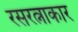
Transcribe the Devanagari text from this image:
रसरत्नाकार